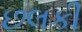
છલકી